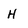
Character: H